Vaccination in the Punjab 1919-1929 - 1919-1929
Year: 1919
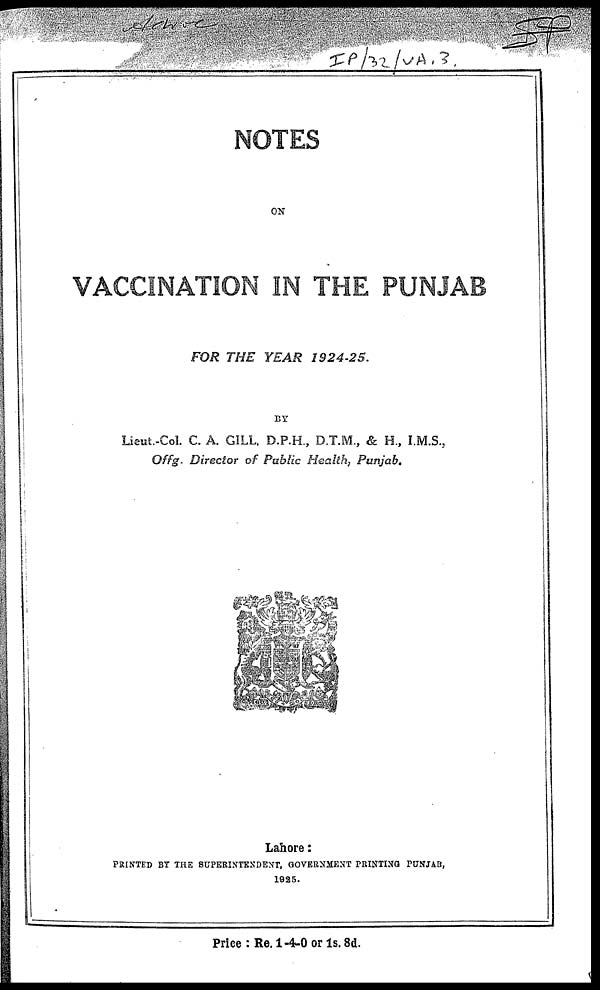
NOTES
ON
VACCINATION IN THE PUNJAB
FOR THE YEAR
1924-25.
BY
Lieut.-Col. C. A. GILL, D.P.H., D.T.M., & H., I.M.S.,
Offg. Director of Public Health, Punjab.
Lahore:
PRINTED BY THE SUPERINTENDENT, GOVERNMENT PRINTING PUNJAB,
1925.
Price : Re. 1-4-0 or 1s. 8d.